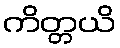
ကိတ္တယိ